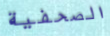
الصحفية